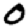
Digit: 0